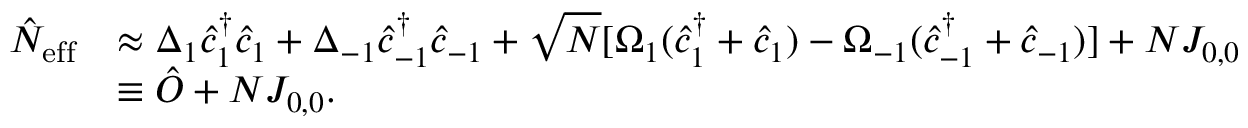
\begin{array} { r l } { \hat { N } _ { \mathrm { e f f } } } & { \approx \Delta _ { 1 } \hat { c } _ { 1 } ^ { \dagger } \hat { c } _ { 1 } + \Delta _ { - 1 } \hat { c } _ { - 1 } ^ { \dagger } \hat { c } _ { - 1 } + \sqrt { N } [ \Omega _ { 1 } ( \hat { c } _ { 1 } ^ { \dagger } + \hat { c } _ { 1 } ) - \Omega _ { - 1 } ( \hat { c } _ { - 1 } ^ { \dagger } + \hat { c } _ { - 1 } ) ] + N J _ { 0 , 0 } } \\ & { \equiv \hat { O } + N J _ { 0 , 0 } . } \end{array}